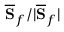
\overline { { \bf S } } _ { f } / | \overline { { \bf S } } _ { f } |